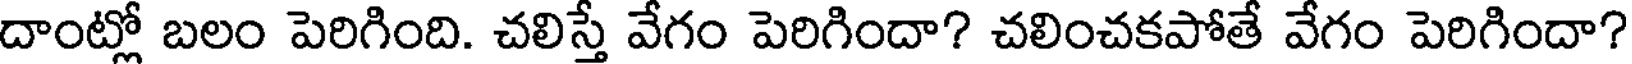
దాంట్లో బలం పెరిగింది. చలిస్తే వేగం పెరిగిందా? చలించకపోతే వేగం పెరిగిందా?